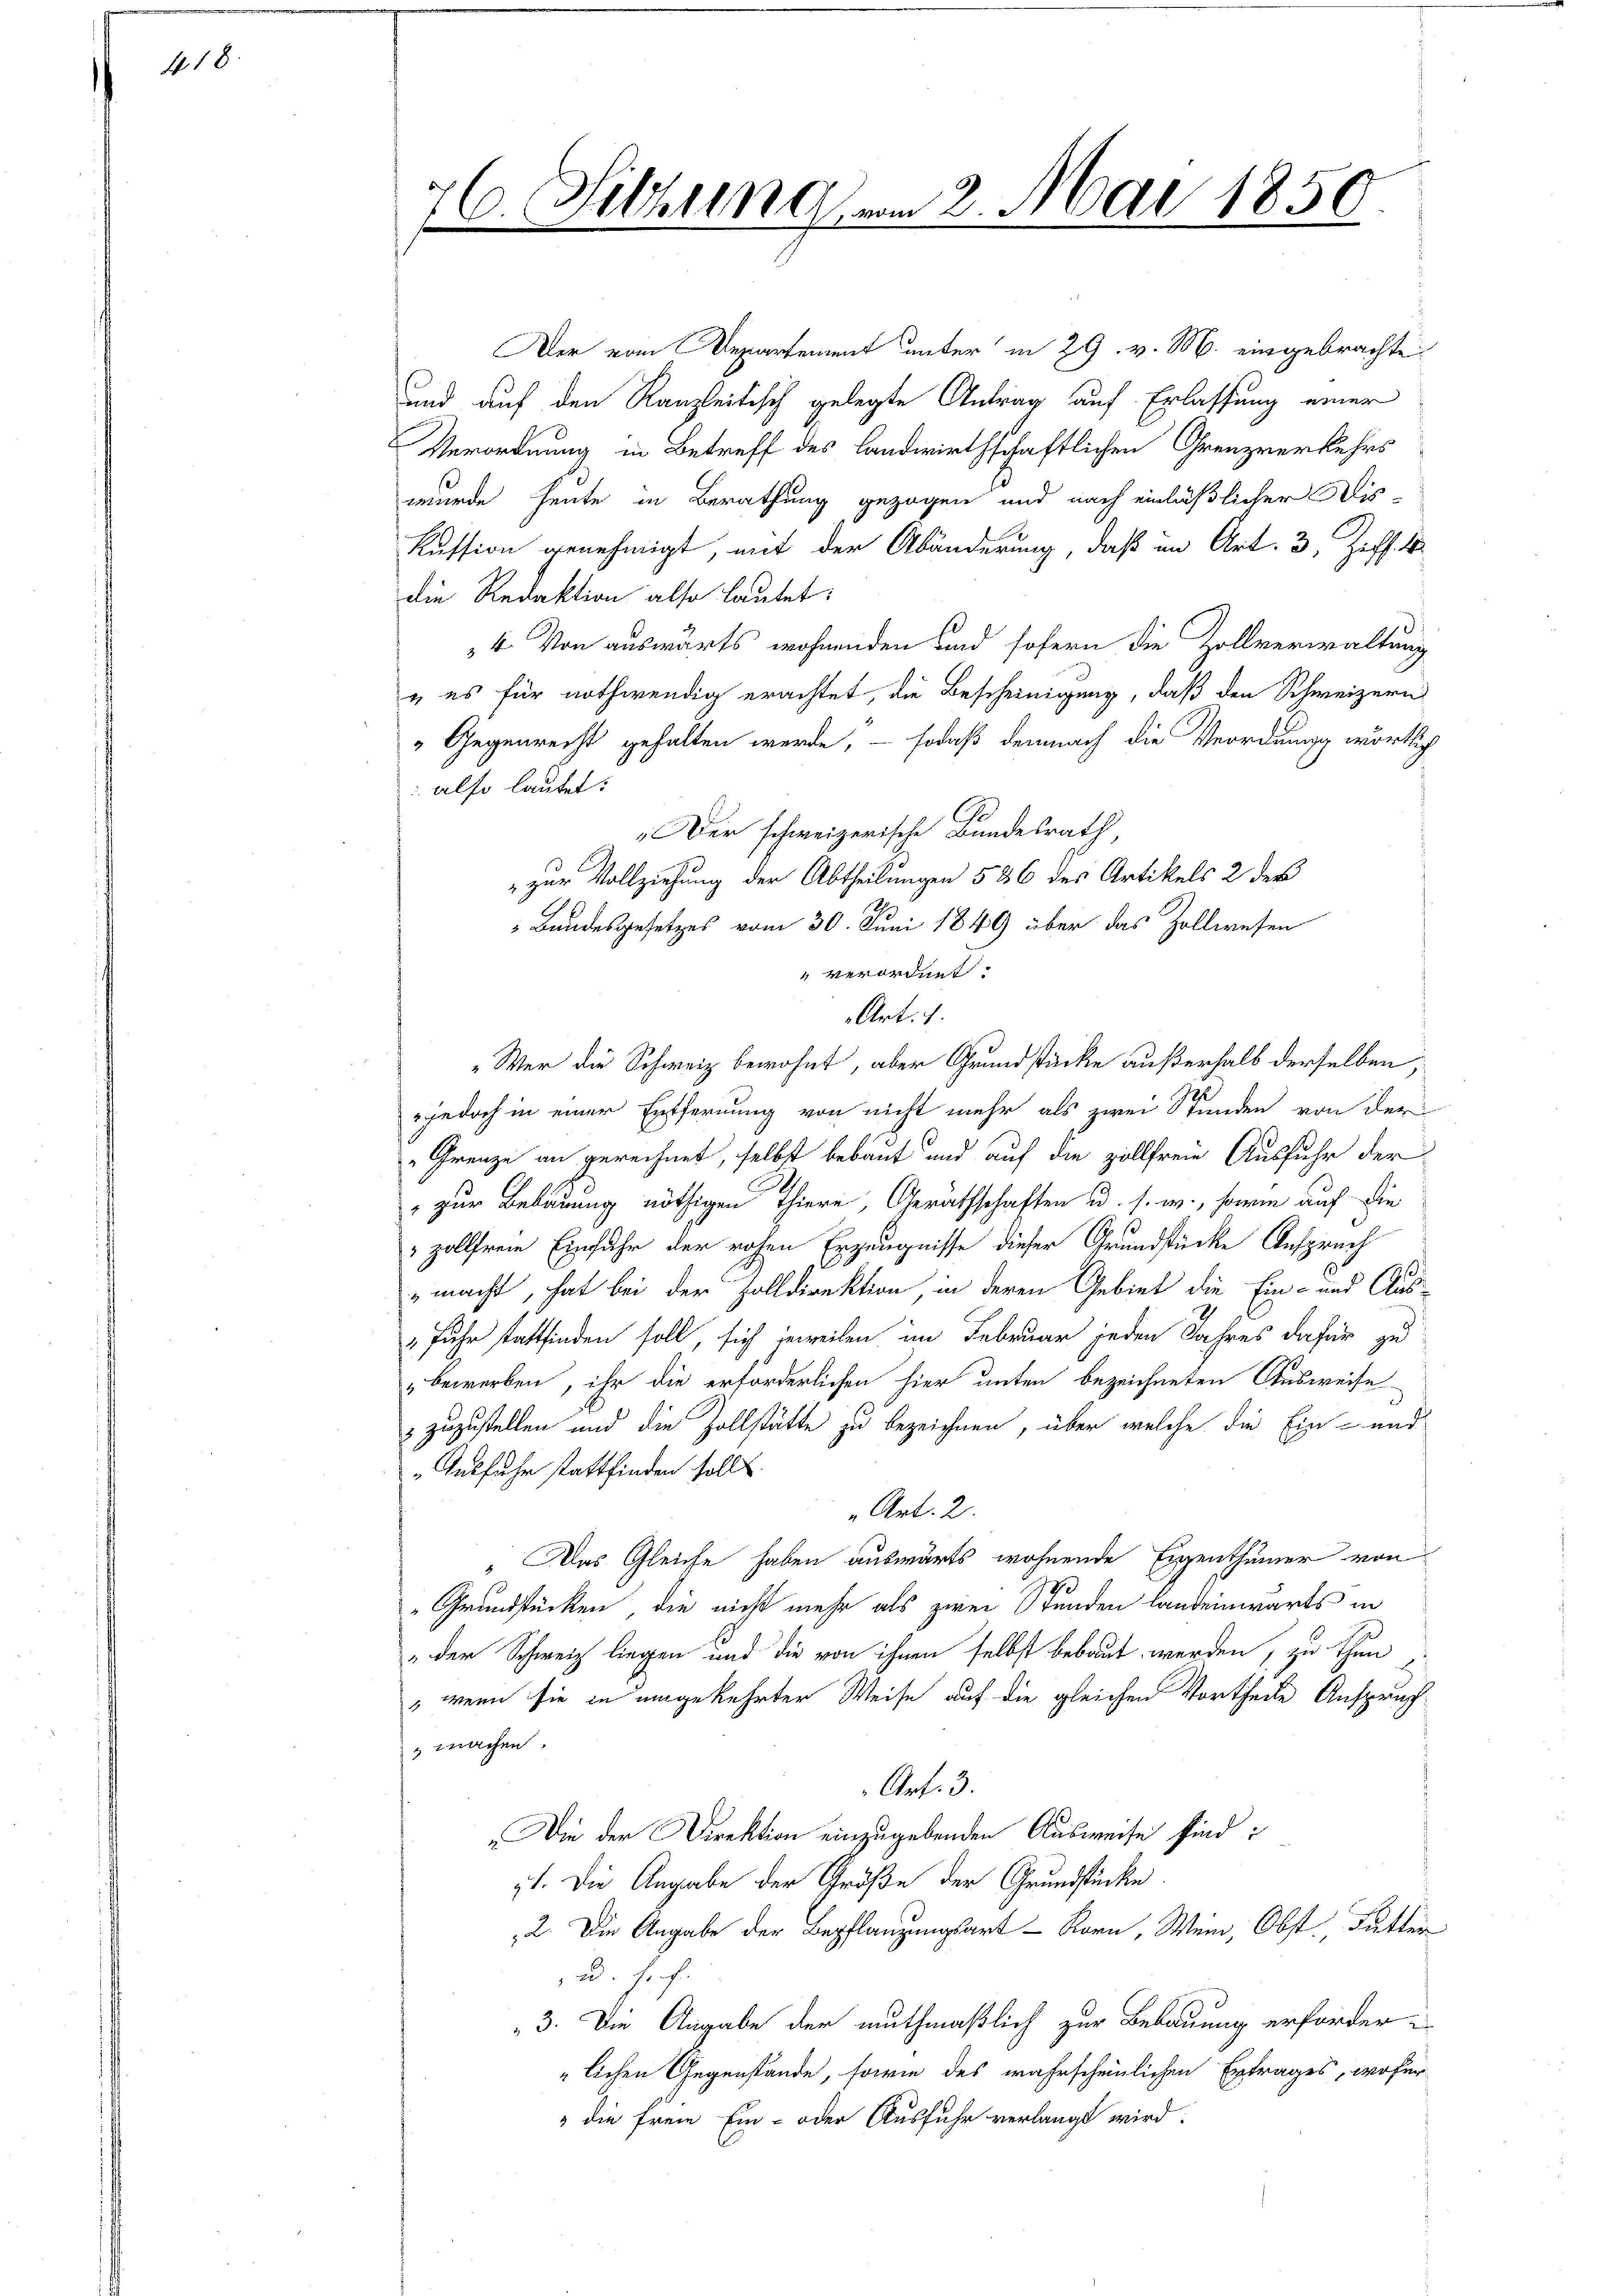
418.

76. Sitzungen 2. Mai 1859
.

Der vom Departement unter in 29. v. M. eingebrachte
und auf den Kanzleitisch gelegte Antrag auf Erlassung einer
Verordnung in Betreff des Landwirthschaftlichen Grenzverkehrs
wurde heute in Berathung gezogen und nach einläßlicher Mis-
kussion genehmigt, mit der Abänderung, daß in Art. 3, Ziff. 4
die Redaktion also lautet:
4. Von auswärts wohnenden und sofern die Zollverwaltung
u es für nothwendig erachtet, die Bescheinigung, daß den Schweizern
„Gegenrecht gehalten werde, – sodaß demnach die Veordnung wörtlich
 also lautet:
Der schweizerische Bundesrath,
 zur Vollziehung der Abtheilungen 536 des Artikels 2 der
Bundesgesetzes vom 30. Juni 1849 über das Zollwesen
" verordnet.
Art: 1.
„Wer die Schweiz bewohnt, aber Grundstücke außerhalb derselben,
jedoch in einer Entfernung von nicht mehr als zwei Stunden von der
Grenze an gerechnet, selbst bebaut und auf die zollfreie Ausfuhr der
 zur Bebauung nöthigen Thiere, Gerathschaften u. s. w., sowie auf die
zollfrei Einfahr der rohen Erzeugnisse dieser Grundstücke Ansprach
macht, hat bei der Zolldirektion, in deren Gebiet die Ein- und Aus-
„fuhr stattfinden soll, sich jeweilen im Februar jeden Jahres dafür zu
bewerben, ihr die erforderlichen hier unten bezeichneten Ausweise
 zuzustellen und die Zollstätte zu bezeichnen, über welche die Ein- und
„Iusfuhr stattfinden sollt.
Art. 2.
" Das Gleiche haben auswärts wohnende Eigenthümer von
190
Grundstücken, die nicht mehr als zwei Stunden landeinwärts in
„der Schweiz liegen und die von ihnen selbst bebaut werden, zu thun
" wenn sie in umgekehrter Weise auf die gleichen Vortheile Anspruch
 machen.
Art. 3.
„Die der Direktion einzugebenden Ausweise sind:
1. Die Angabe der Größe der Grundstücke.
2. Die Angabe der Bepflanzungsart - Korn, Wein, Obst, Futter
ud. Hof
3. Die Angabe der muthmaßlich zur Bebauung erforder-
lichen Gegenstände, sowie des wahrscheinlichen Ertrages, wofür
" die freie Ein- oder Ausfuhr verlangt wird.